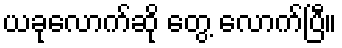
ယခုလောက်ဆို တွေ့ လောက်ပြီ။